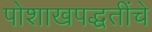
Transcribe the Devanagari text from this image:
पोशाखपद्धतींचे